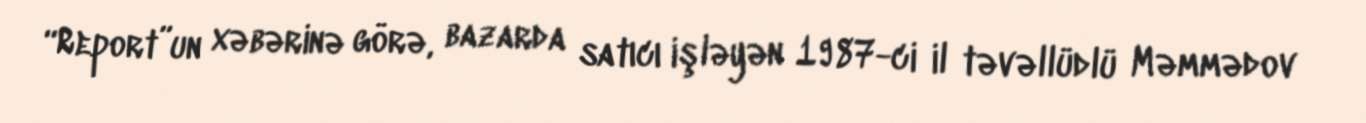
“Report”un xəbərinə görə, bazarda satıcı işləyən 1987-ci il təvəllüdlü Məmmədov